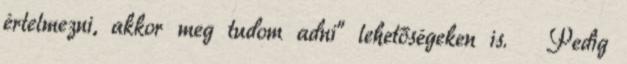
értelmezni, akkor meg tudom adni” lehetőségeken is. 😦 Pedig